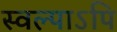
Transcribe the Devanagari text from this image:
स्वल्पाऽपि